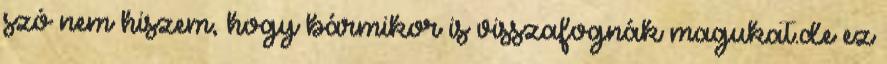
szó nem hiszem, hogy bármikor is visszafognák magukat.de ez